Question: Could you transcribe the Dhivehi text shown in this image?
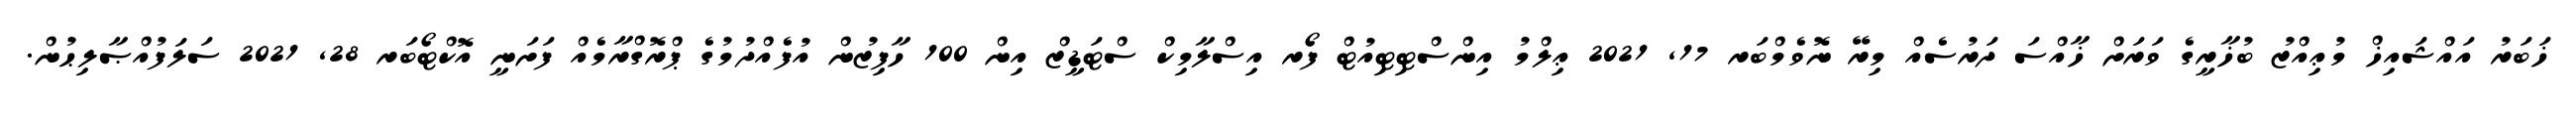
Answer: ޚަބަރު އައްޝައިޚް މުޢިއްޒު ބުޚާރީގެ ވަރަށް ޚާއްސަ ދަރުސެއް މިރޭ ނޮވެމްބަރ 17, 2021 ޢިލްމު އިންސްޓިޓިއުޓް ފޯރ އިސްލާމިކް ސްޓަޑީޒް އިން 100 ހާފިޒުން އުފެއްދުމުގެ ޕްރޮގްރާމެއް ފަށަނީ އޮކްޓޯބަރ 28, 2021 ސަލަފުއްޞާލިޙުން.